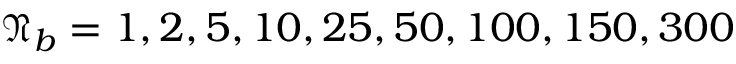
\mathfrak { N } _ { b } = 1 , 2 , 5 , 1 0 , 2 5 , 5 0 , 1 0 0 , 1 5 0 , 3 0 0